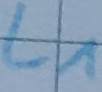
Text: L1